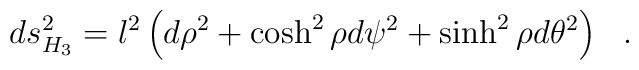
ds^2_{H_3}=l^2 \left( d\rho^2+\cosh^2\rho d\psi^2+\sinh^2\rho d\theta^2 \right)~~.